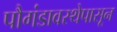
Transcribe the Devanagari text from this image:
पौगंडावस्थेपासून